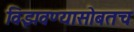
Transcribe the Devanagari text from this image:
विझवण्यासोबतच